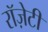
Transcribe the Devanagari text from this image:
रॉज़ेटी